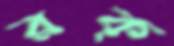
রক্